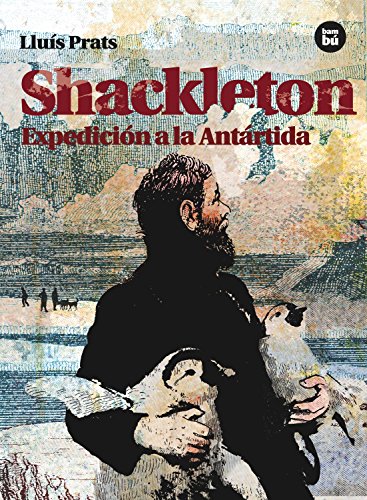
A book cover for Shackleton: Expedicion a la Antartida (Descubridores exploradores) (Spanish Edition); Lluis Prats; Teen & Young Adult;